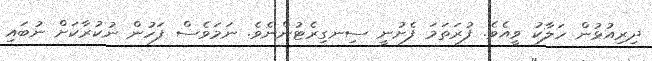
ދިރިއުޅުން ހަލާކު ވީއެވެ. ފުރަތަމަ ފެށުނީ ސިނގިރެޓުންނެވެ. ނަމަވެސް ފަހުން ނުކުރާކަށް ނުބައި